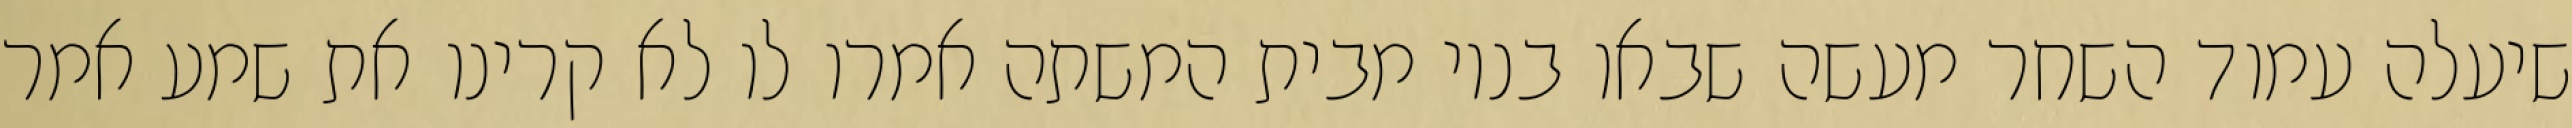
שיעלה עמוד השחר מעשה שבאו בניו מבית המשתה אמרו לו לא קרינו את שמע אמר